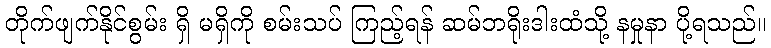
တိုက်ဖျက်နိုင်စွမ်း ရှိ မရှိကို စမ်းသပ် ကြည့်ရန် ဆမ်ဘရိုးဒါးထံသို့ နမှုနာ ပို့ရသည်။